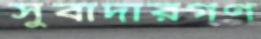
সুবাদারগণ